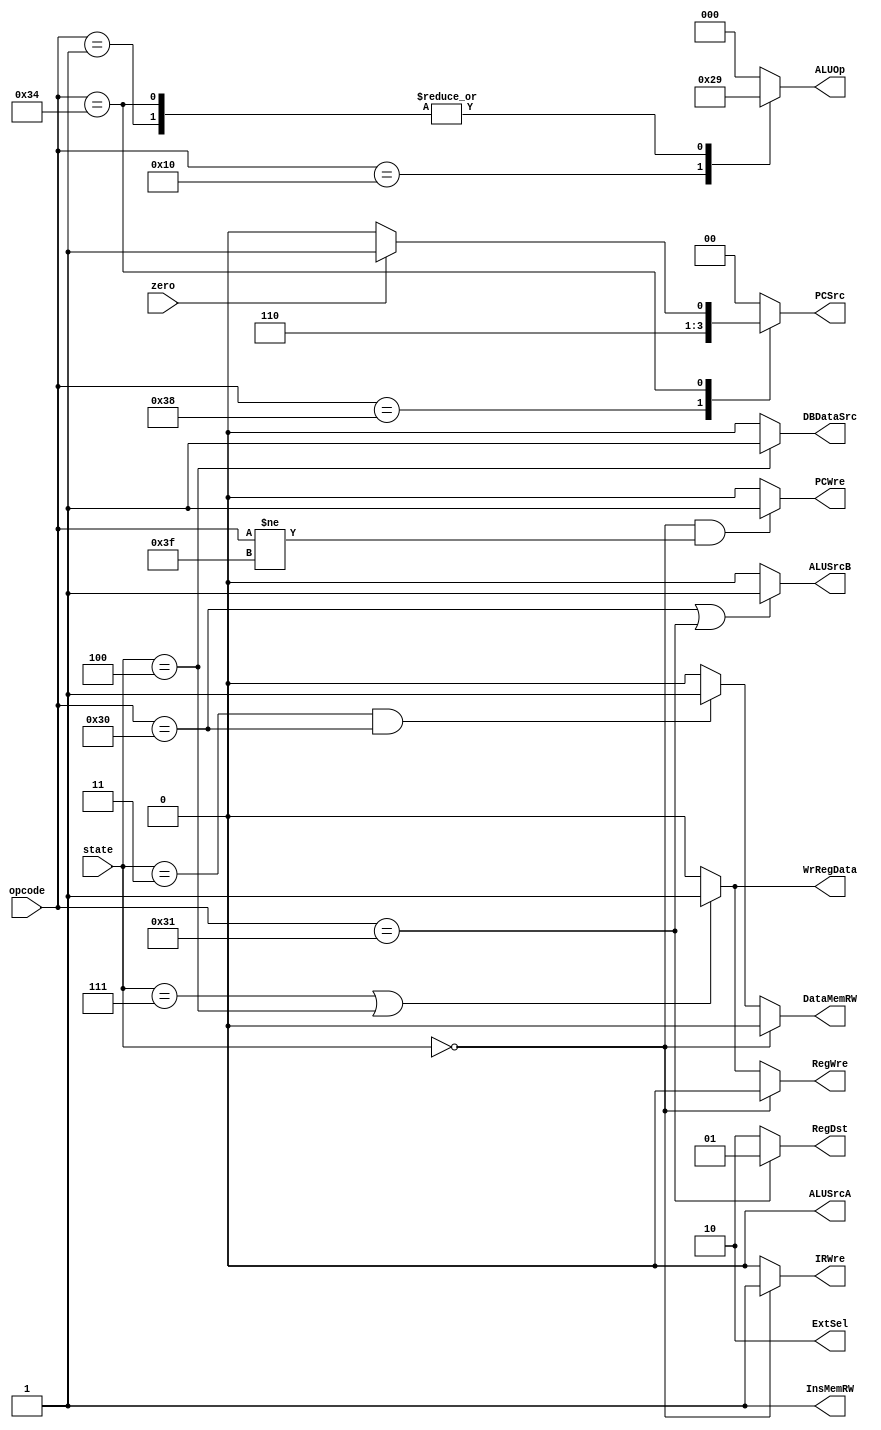
`timescale 1ns / 1ps

module OutputFunc(state, opcode, zero, PCWre, InsMemRW, IRWre, WrRegData, RegWre, ALUSrcA, ALUSrcB, DataMemRW, DBDataSrc, ExtSel, RegDst, PCSrc, ALUOp);
    input [2:0]state;
    input [5:0]opcode;
    input zero;
    output reg PCWre, InsMemRW, IRWre, WrRegData, RegWre, ALUSrcA, ALUSrcB, DataMemRW, DBDataSrc;
    output reg[1:0]ExtSel, RegDst, PCSrc;
    output reg[2:0]ALUOp;
    parameter [2:0] IF = 3'b000, 
                    ID = 3'b001, 
                    aEXE = 3'b110, 
                    bEXE = 3'b101, 
                    cEXE = 3'b010, 
                    MEM = 3'b011, 
                    aWB = 3'b111, 
                    cWB = 3'b100; 
    parameter [5:0] add = 6'b000000,
                    sub = 6'b000001,
                    sw = 6'b110000,
                    lw = 6'b110001,
                    beq = 6'b110100,
                    j = 6'b111000,
              	    Or = 6'b010000,
                    halt = 6'b111111;

    always @(state) begin
        if (state == IF && opcode != halt) PCWre = 1;
        else PCWre = 0;
        InsMemRW = 1;
        if (state == IF) IRWre = 1;
        else IRWre = 0;
        if (state == aWB || state == cWB) WrRegData = 1;
        else WrRegData = 0;
        if (state == aWB || state == cWB) RegWre = 1;
        else RegWre = 0;
	ALUSrcA = 0;
        if (opcode == sw || opcode == lw) ALUSrcB = 1;
        else ALUSrcB = 0;
        if (state == MEM && opcode == sw) DataMemRW = 1;
        else DataMemRW = 0;
        if (state == cWB) DBDataSrc = 1;
        else DBDataSrc = 0;
        ExtSel = 2'b10;
	if (opcode == lw) RegDst = 2'b01;
        else RegDst = 2'b10;
        case(opcode)
            j: PCSrc = 2'b11;
            beq: begin
                if (zero) PCSrc = 2'b01;
                else PCSrc = 2'b00;
            end
            default: PCSrc = 2'b00;
        endcase
        case(opcode)
            sub: ALUOp = 3'b001;
            Or: ALUOp = 3'b101;
            beq: ALUOp = 3'b001;
            default: ALUOp = 3'b000;
        endcase
        if (state == IF) begin
            RegWre = 0;
            DataMemRW = 0;
        end
    end

endmodule